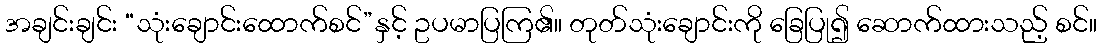
အချင်းချင်း “သုံးချောင်းထောက်စင်”နှင့် ဥပမာပြကြ၏။ တုတ်သုံးချောင်းကို ခြေပြု၍ ဆောက်ထားသည့် စင်။